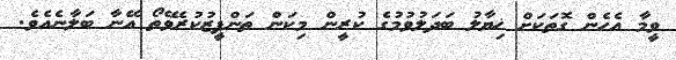
ވީމާ އެހެން ގޮތަކަށް ޚިޔާލު ބަދަލުވުމުގެ ކުރީން މިކަން ތަންފީޒުކުރެވޭތޯ އޭނާ ބަލާނެއެވެ.